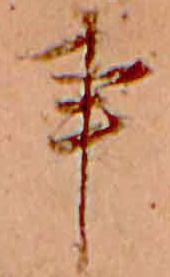
事